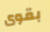
بقوى